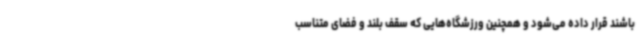
باشند قرار داده می‌شود و همچنین ورزشگاه‌هایی که سقف بلند و فضای متناسب